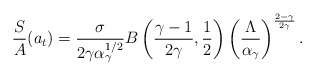
\begin{align*} \frac{S}{A}(a_{t})=\frac{\sigma}{2\gamma\alpha_{\gamma}^{1/2}}B\left (\frac{\gamma-1}{2\gamma},\frac{1}{2}\right)\left(\frac{\Lambda}{\alpha_{\gamma}}\right)^{\frac{2-\gamma}{2\gamma}}.\end{align*}